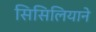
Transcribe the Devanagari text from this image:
सिसिलियाने